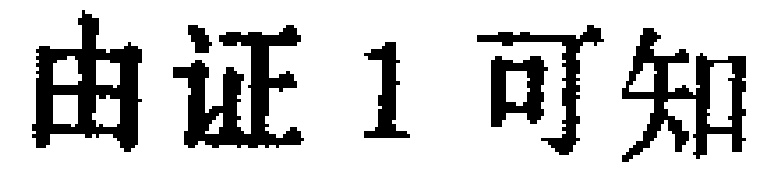
由证1可知